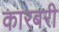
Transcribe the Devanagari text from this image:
कारबरी